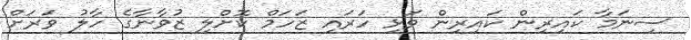
ސިނަމާ ކައިރިން ކައިރިން ވަޅި ހަރައި ޒަހަމް ކޮށްލި ޒުވާނާގެ ހާލު ވަރަށް